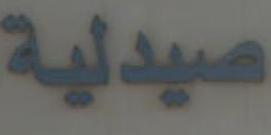
صيدلية